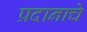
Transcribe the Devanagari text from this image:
प्रदानाचे